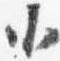
小